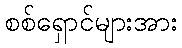
စစ်ရှောင်များအား